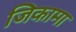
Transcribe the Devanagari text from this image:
जिकामा